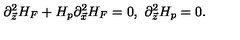
\partial _ { \vec { z } } ^ { 2 } H _ { F } + H _ { p } \partial _ { \vec { x } } ^ { 2 } H _ { F } = 0 , \ \partial _ { \vec { z } } ^ { 2 } H _ { p } = 0 .